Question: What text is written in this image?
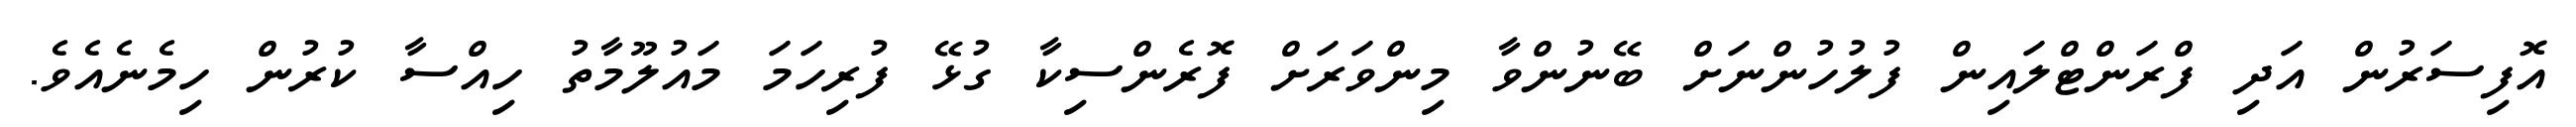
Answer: އޮފިސަރުން އަދި ފްރަންޓްލައިން ފުލުހުންނަށް ބޭނުންވާ މިންވަރަށް ފޮރެންސިކާ ގުޅޭ ފުރިހަމަ މައުލޫމާތު ހިއްސާ ކުރުން ހިމެނެއެވެ.